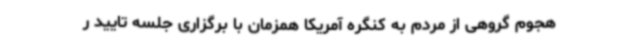
هجوم گروهی از مردم به کنگره آمریکا همزمان با برگزاری جلسه تایید ر